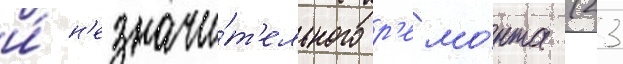
и́ н'езначи́т'ельного р'емо́нта (23